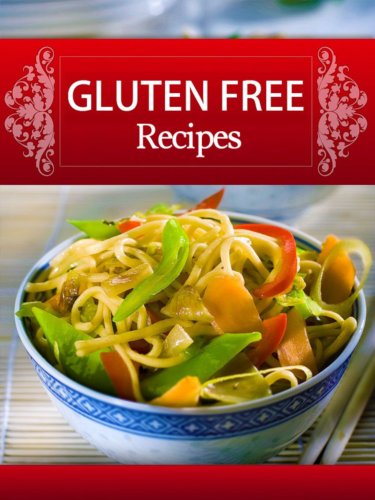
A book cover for Gluten Free Recipes: 39 Gluten Free Recipes With Rice, Polenta, Beans And Quinoa Plus Delicious Vegetable Side Dishes To Complete Your Gluten Free Meal-Discover ... Gluten Free Recipes On a Budget Book 6); Brenda Flaherty; Cookbooks, Food & Wine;